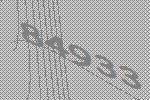
84933